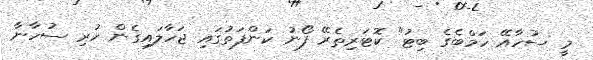
މީ ސުހާއޭ ހަމްބެގެ ބިޓު" ކޮޓަރިތެރޭ ފޯނު ކަންފަތުގައި ޖަހާލައިގެން ހުރި ސުހާނާ